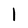
Character: l